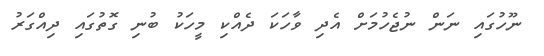
ނޫހުގައި ނަން ނުޖެހުމަށް އެދި ވާހަކަ ދެއްކި މީހަކު ބުނި ގޮތުގައި ދިއްގަރު